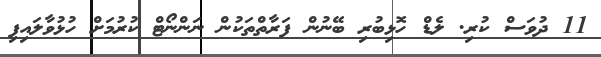
11 ދުވަސް ކުރި. ލެޑް ހޮޅިބުރި ބޭނުން ފަރާތްތަކުން ނަންނޯޓް ކުރުމަށް ހުޅުވާލައިފި